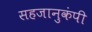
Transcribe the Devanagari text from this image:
सहजानुकंपी